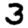
Digit: 3